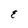
Character: E